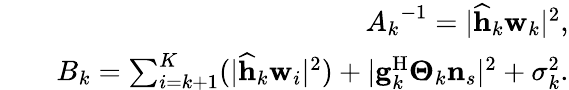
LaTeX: \begin{array}{rlr}&{}&{{A_{k}}^{-1}=\vert\widehat{\mathbf{h}}_{k}\mathbf{w}_{k}\vert^{2},}\\ &{}&{B_{k}=\sum_{i=k+1}^{K}(\vert\widehat{\mathbf{h}}_{k}\mathbf{w}_{i}\vert^{2})+\vert\mathbf{g}_{k}^{\mathrm{H}}\boldsymbol{\Theta}_{k}\mathbf{n}_{s}\vert^{2}+\sigma_{k}^{2}.}\end{array}